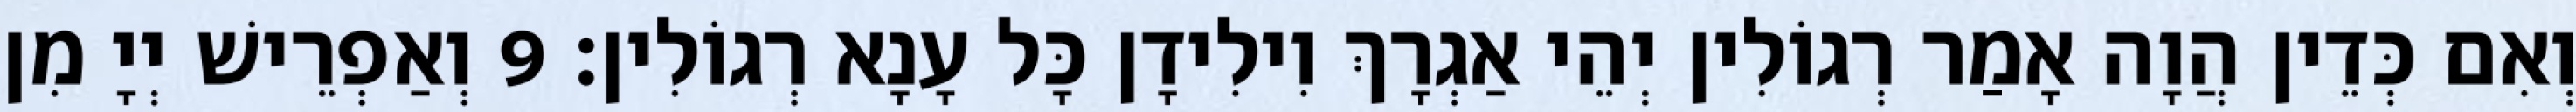
וְאִם כְּדֵין הֲוָה אָמַר רְגוֹלִין יְהֵי אַגְרָךְ וִילִידָן כָּל עָנָא רְגוֹלִין׃ 9 וְאַפְרֵישׁ יְיָ מִן